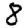
Digit: 8